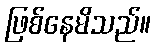
ဖြစ်နေမိသည်။